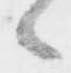
候